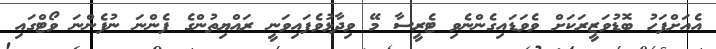
އެއަށްފަހު ބޮޑުވަޒީރަކަށް ވެވަޑައިގެންނެވި ޓެރީސާ މޭ ވިދާޅުވެފައިވަނީ ރައްޔިތުންގެ ފެންނަ ނުފެންނަ ވޯޓްގައި